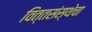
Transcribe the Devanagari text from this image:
वित्तसंस्थेचा